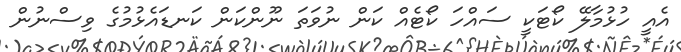
އެއީ ހުޅުމާލޭ ކޯޓަކީ ސައްހަ ކޯޓެއް ކަން ނުވަތަ ނޫންކަން ކަނޑައެޅުމުގެ ވިސްނުން